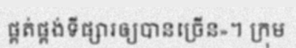
ផ្គត់ផ្គង់ទីផ្សារឲ្យបានច្រើន»។ ក្រុម